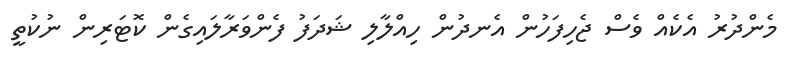
މެންދުރު އެކެއް ވެސް ޖެހިފަހުން އެނދުން ހިއްލާލި ޝަދަފު ފެންވަރާލައިގެން ކޮޓަރިން ނުކުތީ